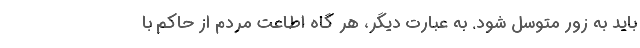
باید به زور متوسل شود. به عبارت دیگر، هر گاه اطاعت مردم از حاکم با